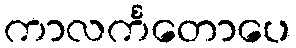
ကာလင်္ကတောပေ